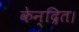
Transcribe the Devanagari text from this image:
केन्द्रित।